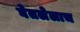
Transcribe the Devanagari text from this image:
घेतलेलाच